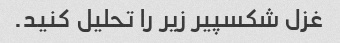
غزل شکسپیر زیر را تحلیل کنید.